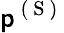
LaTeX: \mathsf{p}^{\mathrm{{~(~S~)~}}}